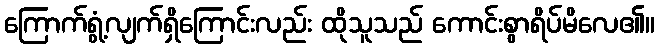
ကြောက်ရွံ့လျက်ရှိကြောင်းလည်း ထိုသူသည် ကောင်းစွာရိပ်မိလေ၏။